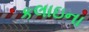
કલાઇના